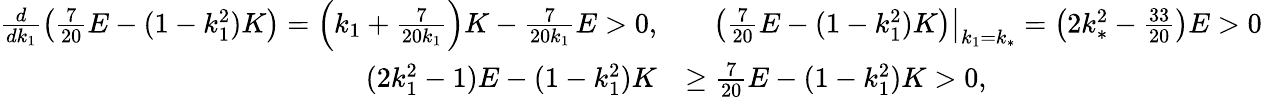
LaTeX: \begin{array}{rl}{\frac{d}{dk_{1}}\left(\frac{7}{20}E-(1-k_{1}^{2})K\right)=\left(k_{1}+\frac{7}{20k_{1}}\right)K-\frac{7}{20k_{1}}E>0,}&{\quad\left(\frac{7}{20}E-(1-k_{1}^{2})K\right)\big|_{k_{1}=k_{*}}=\left(2k_{*}^{2}-\frac{33}{20}\right)E>0}\\ {(2k_{1}^{2}-1)E-(1-k_{1}^{2})K}&{\geq\frac{7}{20}E-(1-k_{1}^{2})K>0,}\end{array}